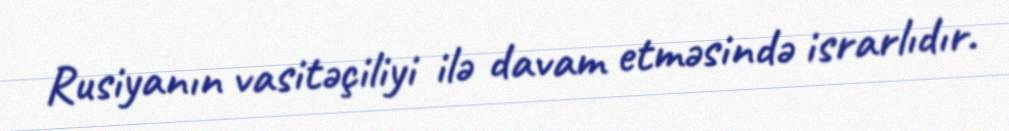
Rusiyanın vasitəçiliyi ilə davam etməsində israrlıdır.